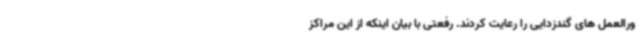
ورالعمل های گندزدایی را رعایت کردند. رفعتی با بیان اینکه از این مراکز